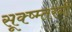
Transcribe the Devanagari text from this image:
सूक्ष्म्तरंगी